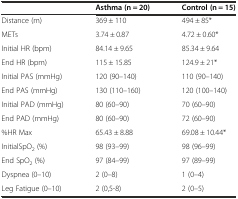
<table><thead><tr><td></td><td><b>Asthma (n = 20)</b></td><td><b>Control (n = 15)</b></td></tr></thead><tbody><tr><td>Distance (m)</td><td>369 ± 110</td><td>494 ± 85*</td></tr><tr><td>METs</td><td>3.74 ± 0.87</td><td>4.72 ± 0.60*</td></tr><tr><td>Initial HR (bpm)</td><td>84.14 ± 9.65</td><td>85.34 ± 9.64</td></tr><tr><td>End HR (bpm)</td><td>115 ± 15.85</td><td>124.9 ± 21*</td></tr><tr><td>Initial PAS (mmHg)</td><td>120 (90–140)</td><td>110 (90–140)</td></tr><tr><td>End PAS (mmHg)</td><td>130 (110–160)</td><td>120 (100–140)</td></tr><tr><td>Initial PAD (mmHg)</td><td>80 (60–90)</td><td>70 (60–90)</td></tr><tr><td>End PAD (mmHg)</td><td>80 (60–90)</td><td>72 (60–90)</td></tr><tr><td>%HR Max</td><td>65.43 ± 8.88</td><td>69.08 ± 10.44*</td></tr><tr><td>InitialSpO<sub>2</sub> (%)</td><td>98 (93–99)</td><td>98 (96–99)</td></tr><tr><td>End SpO<sub>2</sub> (%)</td><td>97 (84–99)</td><td>97 (89–99)</td></tr><tr><td>Dyspnea (0–10)</td><td>2 (0–8)</td><td>1 (0–4)</td></tr><tr><td>Leg Fatigue (0–10)</td><td>2 (0,5-8)</td><td>2 (0–5)</td></tr></tbody></table>